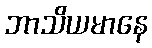
ဘာသိယမာနေ